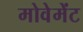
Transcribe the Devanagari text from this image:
मोवेमेंट